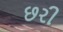
છરી